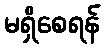
မရှိစေရန်